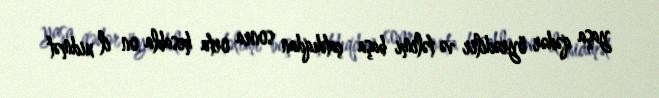
yaşa qədər öyrədilir və təlimi başa çatdıqdan sonra orta hesabla on il xidmət